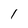
Character: 1